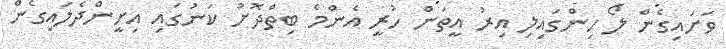
ވަށައިގެން ލޯ ހިންގައިލި އިރު އީތަން ހުރީ އެންމެ ބިތްދޮށު ކަނުގައި އިށީންދެލައިގެން